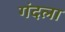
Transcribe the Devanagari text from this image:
गंदला